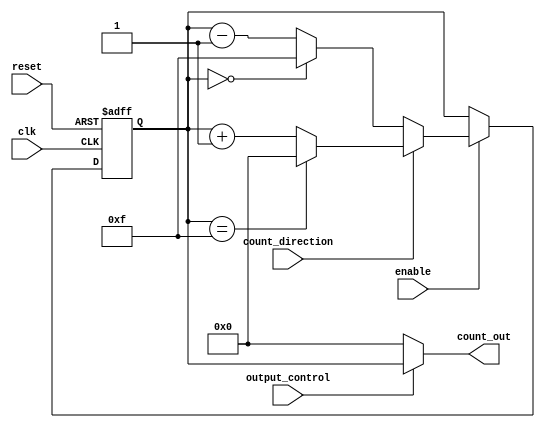
module synchronous_counter #(
    parameter WIDTH = 4,          // Width of the counter (number of bits)
    parameter MAX_VALUE = (1 << WIDTH) - 1, // Maximum value for the counter
    parameter INITIAL_VALUE = 0   // Initial value for the counter
)(
    input wire clk,               // Clock input
    input wire reset,             // Asynchronous reset
    input wire enable,            // Enable counting
    input wire count_direction,    // Count up (1) or down (0)
    input wire output_control,     // Control signal for output
    output reg [WIDTH-1:0] count_out // Output of the counter
);

    // Counter register
    reg [WIDTH-1:0] counter_reg;

    // Asynchronous reset
    always @(posedge clk or posedge reset) begin
        if (reset) begin
            counter_reg <= INITIAL_VALUE; // Reset to initial value
        end else if (enable) begin
            if (count_direction) begin
                // Count up, wrap around at MAX_VALUE
                counter_reg <= (counter_reg == MAX_VALUE) ? 0 : counter_reg + 1;
            end else begin
                // Count down, wrap around at 0
                counter_reg <= (counter_reg == 0) ? MAX_VALUE : counter_reg - 1;
            end
        end
    end

    // Output control logic
    always @(*) begin
        if (output_control) begin
            count_out = counter_reg; // Output current counter value
        end else begin
            count_out = 0; // Output held state (zero or predefined value)
        end
    end

endmodule